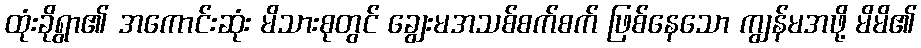
ထုံးခိုရွာ၏ အကောင်းဆုံး မိသားစုတွင် ချွေးမအသစ်စက်စက် ဖြစ်နေသော ကျွန်မအဖို့ မိမိ၏